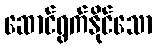
ဆောင်ရွက်နိုင်သော